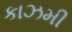
કાઝમી